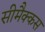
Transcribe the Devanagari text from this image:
सीमैक्कस